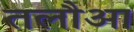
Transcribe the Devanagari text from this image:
तलौआ